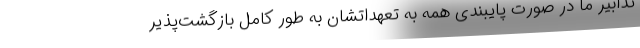
تدابیر ما در صورت پایبندی همه به تعهداتشان به طور کامل بازگشت‌پذیر